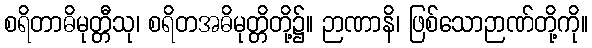
စရိတာဓိမုတ္တီသု၊ စရိတအဓိမုတ္တိတို့၌။ ဉာဏာနိ၊ ဖြစ်သောဉာဏ်တို့ကို။